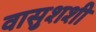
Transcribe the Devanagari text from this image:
वासुशशी